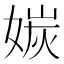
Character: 㛶